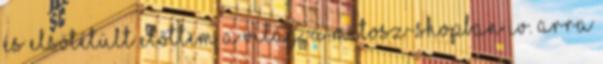
és elsötétült előttem a világ. A mítosz-shopban IV. Arra